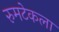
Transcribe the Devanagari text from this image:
रुमटेकला